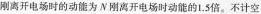
刚离开电场时的动能为N刚离开电场时动能的1.5倍。不计空